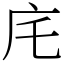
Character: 㡯